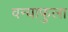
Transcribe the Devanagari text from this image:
वन्याफुला